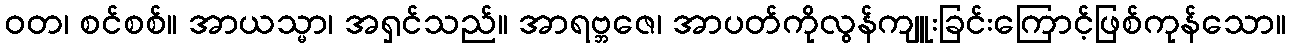
ဝတ၊ စင်စစ်။ အာယသ္မာ၊ အရှင်သည်။ အာရဗ္ဘဇေ၊ အာပတ်ကိုလွန်ကျူးခြင်းကြောင့်ဖြစ်ကုန်သော။